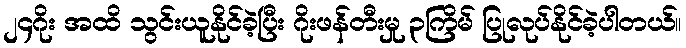
၂၄ဂိုး အထိ သွင်းယူနိုင်ခဲ့ပြီး ဂိုးဖန်တီးမှု ၃ကြိမ် ပြုလုပ်နိုင်ခဲ့ပါတယ်။